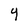
Character: Y